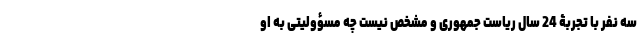
سه نفر با تجربۀ 24 سال ریاست جمهوری و مشخص نیست چه مسؤولیتی به او